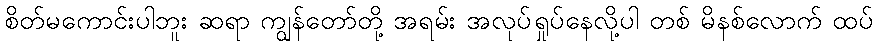
စိတ်မကောင်းပါဘူး ဆရာ ကျွန်တော်တို့ အရမ်း အလုပ်ရှုပ်နေလို့ပါ တစ် မိနစ်လောက် ထပ်